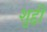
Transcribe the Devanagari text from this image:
शुद्दी